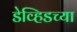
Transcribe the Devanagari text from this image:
डेव्हिडच्या